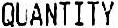
QUANTITY